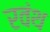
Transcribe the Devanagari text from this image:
रवंथ